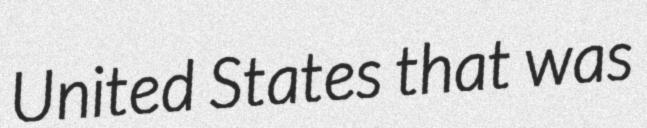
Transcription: United States that was